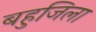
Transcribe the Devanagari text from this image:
बहुजिला